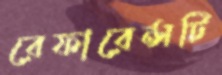
রেফারেন্সটি